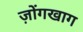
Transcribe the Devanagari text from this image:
ज़ोंगखाग